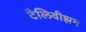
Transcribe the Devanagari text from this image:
टैलिवीझ़न